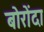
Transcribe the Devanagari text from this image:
बोरोंदा